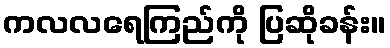
ကလလရေကြည်ကို ပြဆိုခန်း။